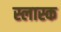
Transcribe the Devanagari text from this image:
स्लास्क